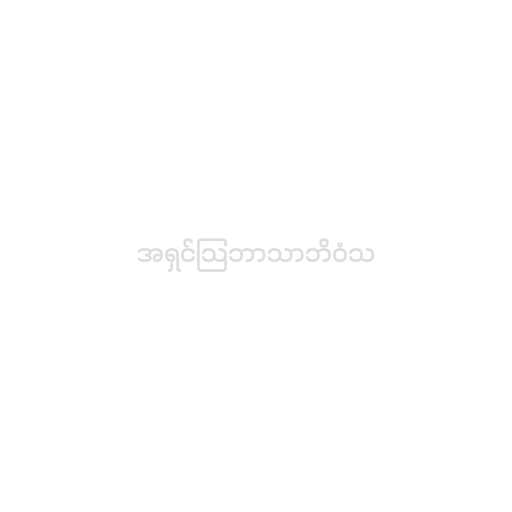
အရှင်သြဘာသာဘိဝံသ